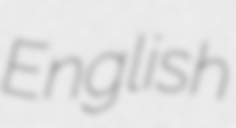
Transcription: English